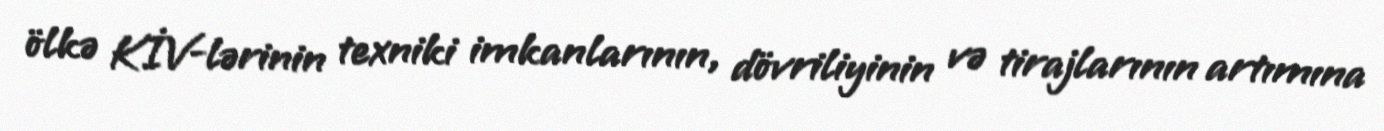
ölkə KİV-lərinin texniki imkanlarının, dövriliyinin və tirajlarının artımına